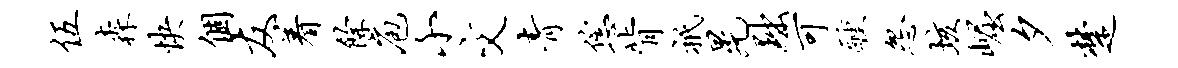
伍森快个友着余庖小文青恁背只晃黜可醺怨垓崛夕楚